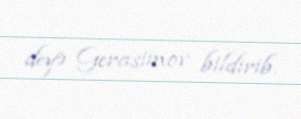
deyə Gerasimov bildirib.